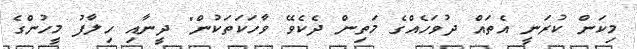
މިކަން ކުރަނީ އެތައް ދުވަހެއްގެ މަތިން ދެކެވޭ ވާހަކަތަކުން" ދީނާއި ހިލާފު މީހުންގެ